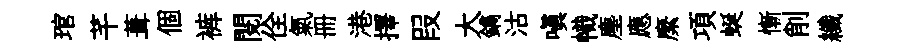
琯芊葺個裤閱佺氣册港擇叚大鐫沽嗔幟塵應縻項蜒慚削纖